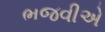
ભજવીએ